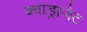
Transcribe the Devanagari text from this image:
क्वाड्राजेट